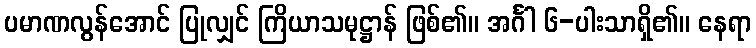
ပမာဏလွန်အောင် ပြုလျှင် ကြိယာသမုဋ္ဌာန် ဖြစ်၏။ အင်္ဂါ ၆-ပါးသာရှိ၏။ နေရာ